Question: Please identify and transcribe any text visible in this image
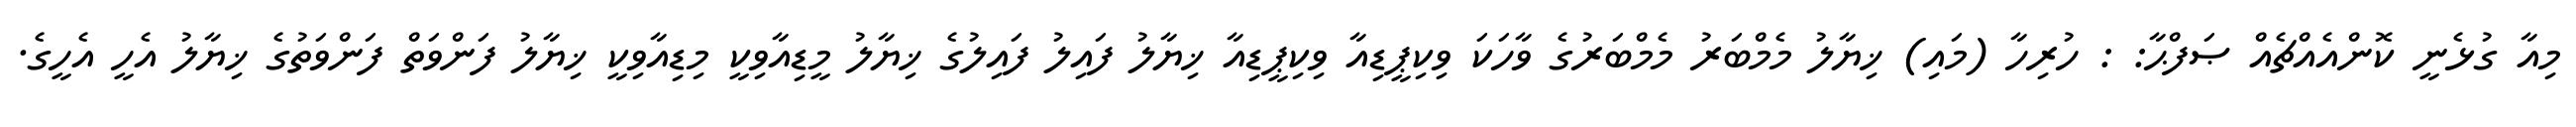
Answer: މިއާ ގުޅެނީ ކޮންއެއްޗެއް ޞަފްޙާ: : ހުރިހާ (މައި) ޚިޔާލު މެމްބަރު މެމްބަރުގެ ވާހަކަ ވިކިޕީޑިއާ ވިކިޕީޑިއާ ޚިޔާލު ފައިލު ފައިލުގެ ޚިޔާލު މީޑިއާވިކީ މިޑިއާވިކީ ޚިޔާލު ފަންވަތް ފަންވަތުގެ ޚިޔާލު އެހީ އެހީގެ.